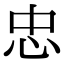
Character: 忠